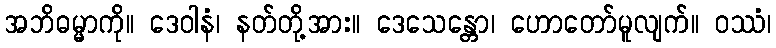
အဘိဓမ္မာကို။ ဒေဝါနံ၊ နတ်တို့အား။ ဒေသေန္တော၊ ဟောတော်မူလျက်။ ဝဿံ၊